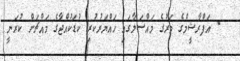
- އަފްރާޝީމްގެ މަރުގެ މައްސަލާގައި ހައްޔަރުކުރި ކުޑަކުއްޖާގެ މައްޗަށް ކުރަނީ